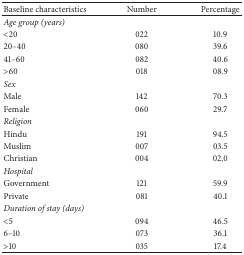
| Baseline characteristics | Number | Percentage |
 | --- | --- | --- |
 | <COLSPAN=3> Age group (years) |
 | <20 | 022 | 10.9 |
 | 20–40 | 080 | 39.6 |
 | 41–60 | 082 | 40.6 |
 | >60 | 018 | 08.9 |
 | Sex |  |  |
 | Male | 142 | 70.3 |
 | Female | 060 | 29.7 |
 | <COLSPAN=3> Religion |
 | Hindu | 191 | 94.5 |
 | Muslim | 007 | 03.5 |
 | Christian | 004 | 02.0 |
 | <COLSPAN=3> Hospital |
 | Government | 121 | 59.9 |
 | Private | 081 | 40.1 |
 | <COLSPAN=3> Duration of stay (days) |
 | <5 | 094 | 46.5 |
 | 6–10 | 073 | 36.1 |
 | >10 | 035 | 17.4 |